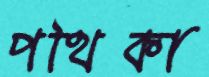
পথিকা